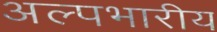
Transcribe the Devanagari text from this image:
अल्पभारीय